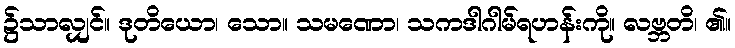
၌သာလျှင်။ ဒုတိယော၊ သော။ သမဏော၊ သကဒါဂါမ်ရဟန်းကို။ လဗ္ဘတိ၊ ၏။